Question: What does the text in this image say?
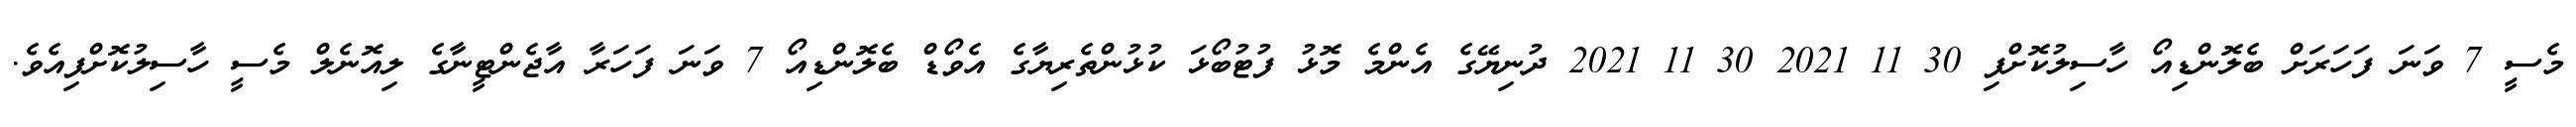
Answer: މެސީ 7 ވަނަ ފަހަރަށް ބެލޮންޑިއޯ ހާސިލުކޮށްފި 30 11 2021 30 11 2021 ދުނިޔޭގެ އެންމެ މޮޅު ފުޓުބޯޅަ ކުޅުންތެރިޔާގެ އެވޯޑް ބެލޮންޑިއޯ 7 ވަނަ ފަހަރާ އާޖެންޓީނާގެ ލިއޮނެލް މެސީ ހާސިލުކޮށްފިއެވެ.